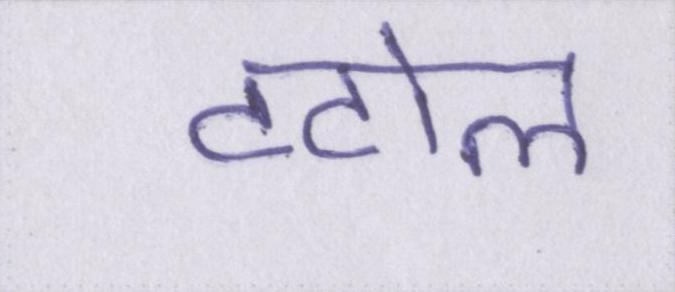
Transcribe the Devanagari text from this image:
टटोल